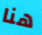
هنا